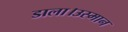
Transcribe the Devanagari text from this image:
डाला।उस्मान